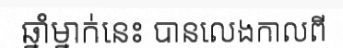
ឆ្នាំម្នាក់នេះ បានលេងកាលពី